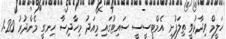
ހަލީމް ވިދާޅުވީ ތިލަފުށި އެމްޓީސީސީ ސައިޓުގައި މިއަދު މިހާދިސާ ހިނގީ މެންދުރު 1:20